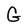
Character: G